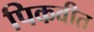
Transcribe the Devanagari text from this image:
पिकवीत